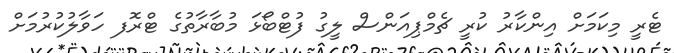
ޓެރީ މިކަމަށް އިންކާރު ކުރީ ޗެމްޕިއަންސް ލީގު ފުޓްބޯޅަ މުބާރާތުގެ ޓްރޮފ ހަވާލުކުރުމަށް